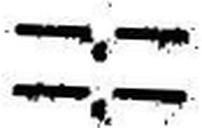
—.—